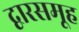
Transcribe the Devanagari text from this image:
द्वारसमूह